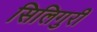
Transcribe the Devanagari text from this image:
सिलिगुरी